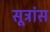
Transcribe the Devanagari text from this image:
सूत्रांस